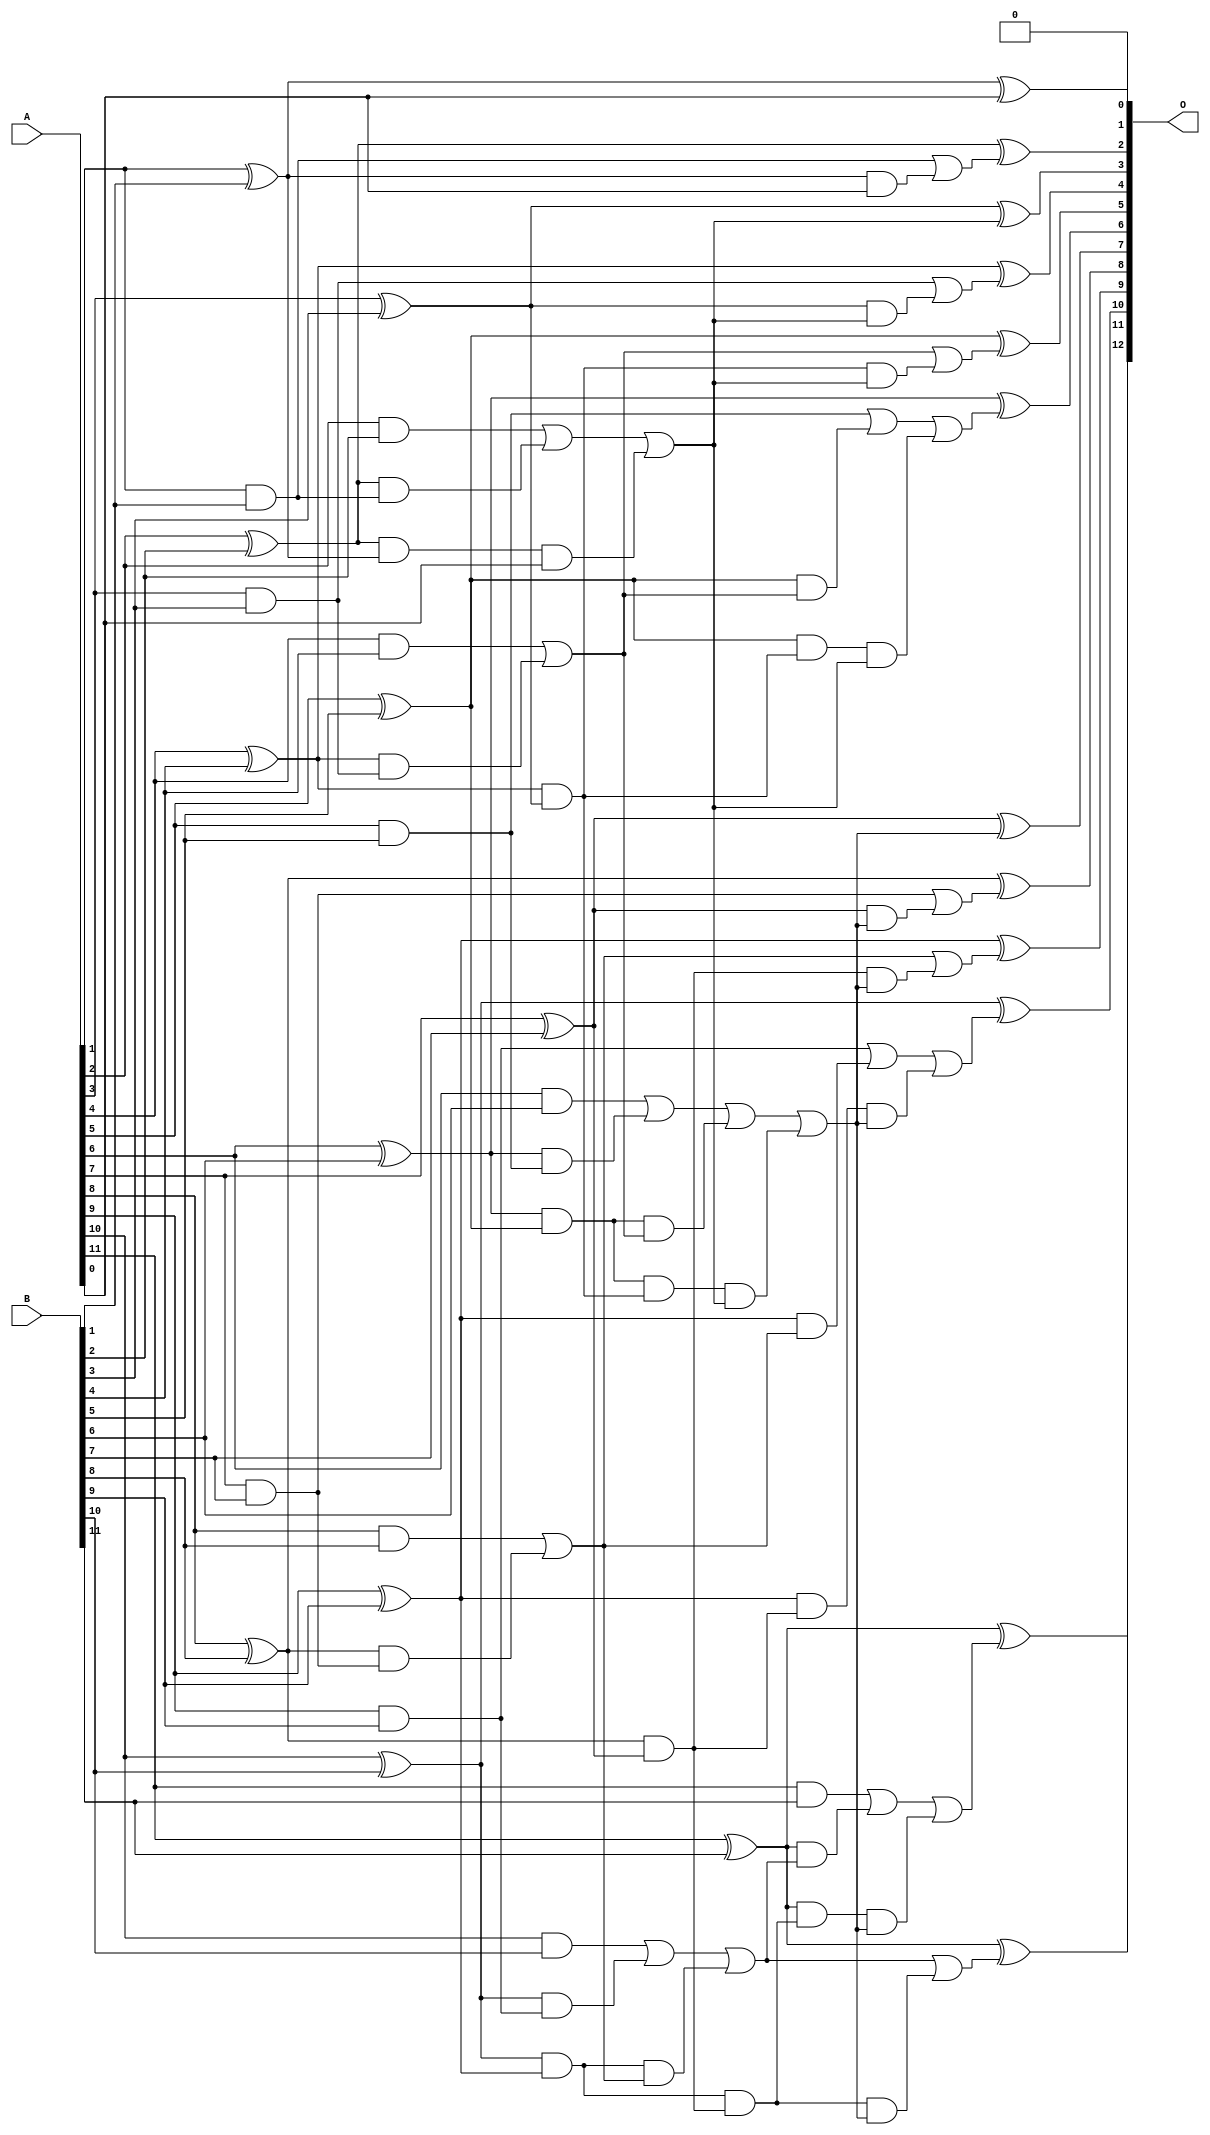
// This program was cloned from: https://github.com/ehw-fit/evoapproxlib
// License: MIT License

/***
* This code is a part of EvoApproxLib library (ehw.fit.vutbr.cz/approxlib) distributed under The MIT License.
* When used, please cite the following article(s): V. Mrazek, L. Sekanina, Z. Vasicek "Libraries of Approximate Circuits: Automated Design and Application in CNN Accelerators" IEEE Journal on Emerging and Selected Topics in Circuits and Systems, Vol 10, No 4, 2020 
* This file contains a circuit from a sub-set of pareto optimal circuits with respect to the pwr and mre parameters
***/
// MAE% = 0.012 %
// MAE = 0.5 
// WCE% = 0.024 %
// WCE = 1.0 
// WCRE% = 100.00 %
// EP% = 50.00 %
// MRE% = 0.21 %
// MSE = 0.5 
// PDK45_PWR = 0.052 mW
// PDK45_AREA = 102.3 um2
// PDK45_DELAY = 0.92 ns

module add12se_58Y (
    A,
    B,
    O
);

input [11:0] A;
input [11:0] B;
output [12:0] O;

wire sig_26,sig_27,sig_28,sig_29,sig_30,sig_31,sig_32,sig_33,sig_34,sig_35,sig_36,sig_37,sig_38,sig_39,sig_40,sig_41,sig_42,sig_43,sig_44,sig_45;
wire sig_46,sig_47,sig_48,sig_49,sig_50,sig_51,sig_52,sig_53,sig_54,sig_55,sig_56,sig_57,sig_58,sig_59,sig_60,sig_61,sig_62,sig_63,sig_64,sig_65;
wire sig_66,sig_67,sig_68,sig_69,sig_70,sig_71,sig_72,sig_73,sig_74,sig_75,sig_76,sig_77,sig_78,sig_79,sig_80,sig_81,sig_82,sig_83,sig_84,sig_85;
wire sig_86,sig_87,sig_88,sig_89,sig_90,sig_91,sig_92,sig_93,sig_94,sig_95,sig_96,sig_97,sig_98,sig_99,sig_100,sig_101,sig_102,sig_103,sig_104,sig_105;
wire sig_106,sig_107,sig_108,sig_109,sig_110,sig_111,sig_112;

assign sig_26 = A[1] & B[1];
assign sig_27 = A[1] ^ B[1];
assign sig_28 = A[2] & B[2];
assign sig_29 = A[2] ^ B[2];
assign sig_30 = A[3] & B[3];
assign sig_31 = A[3] ^ B[3];
assign sig_32 = A[4] & B[4];
assign sig_33 = A[4] ^ B[4];
assign sig_34 = A[5] & B[5];
assign sig_35 = A[5] ^ B[5];
assign sig_36 = A[6] & B[6];
assign sig_37 = A[6] ^ B[6];
assign sig_38 = A[7] & B[7];
assign sig_39 = A[7] ^ B[7];
assign sig_40 = A[8] & B[8];
assign sig_41 = A[8] ^ B[8];
assign sig_42 = A[9] & B[9];
assign sig_43 = A[9] ^ B[9];
assign sig_44 = A[10] & B[10];
assign sig_45 = A[10] ^ B[10];
assign sig_46 = A[11] & B[11];
assign sig_47 = A[11] ^ B[11];
assign sig_48 = A[11] ^ B[11];
assign sig_49 = sig_29 & sig_26;
assign sig_50 = sig_29 & sig_27;
assign sig_51 = sig_28 | sig_49;
assign sig_52 = sig_33 & sig_30;
assign sig_53 = sig_33 & sig_31;
assign sig_54 = sig_32 | sig_52;
assign sig_55 = sig_37 & sig_34;
assign sig_56 = sig_37 & sig_35;
assign sig_57 = sig_36 | sig_55;
assign sig_58 = sig_41 & sig_38;
assign sig_59 = sig_41 & sig_39;
assign sig_60 = sig_40 | sig_58;
assign sig_61 = sig_45 & sig_42;
assign sig_62 = sig_45 & sig_43;
assign sig_63 = sig_44 | sig_61;
assign sig_64 = sig_27 & A[0];
assign sig_65 = sig_26 | sig_64;
assign sig_66 = sig_50 & A[0];
assign sig_67 = sig_51 | sig_66;
assign sig_68 = sig_35 & sig_54;
assign sig_69 = sig_35 & sig_53;
assign sig_70 = sig_34 | sig_68;
assign sig_71 = sig_56 & sig_54;
assign sig_72 = sig_56 & sig_53;
assign sig_73 = sig_57 | sig_71;
assign sig_74 = sig_43 & sig_60;
assign sig_75 = sig_43 & sig_59;
assign sig_76 = sig_42 | sig_74;
assign sig_77 = sig_62 & sig_60;
assign sig_78 = sig_62 & sig_59;
assign sig_79 = sig_63 | sig_77;
assign sig_80 = sig_31 & sig_67;
assign sig_81 = sig_30 | sig_80;
assign sig_82 = sig_53 & sig_67;
assign sig_83 = sig_54 | sig_82;
assign sig_84 = sig_69 & sig_67;
assign sig_85 = sig_70 | sig_84;
assign sig_86 = sig_72 & sig_67;
assign sig_87 = sig_73 | sig_86;
assign sig_88 = sig_47 & sig_79;
assign sig_89 = sig_47 & sig_78;
assign sig_90 = sig_46 | sig_88;
assign sig_91 = sig_39 & sig_87;
assign sig_92 = sig_38 | sig_91;
assign sig_93 = sig_59 & sig_87;
assign sig_94 = sig_60 | sig_93;
assign sig_95 = sig_75 & sig_87;
assign sig_96 = sig_76 | sig_95;
assign sig_97 = sig_78 & sig_87;
assign sig_98 = sig_79 | sig_97;
assign sig_99 = sig_89 & sig_87;
assign sig_100 = sig_90 | sig_99;
assign sig_101 = sig_27 ^ A[0];
assign sig_102 = sig_29 ^ sig_65;
assign sig_103 = sig_31 ^ sig_67;
assign sig_104 = sig_33 ^ sig_81;
assign sig_105 = sig_35 ^ sig_83;
assign sig_106 = sig_37 ^ sig_85;
assign sig_107 = sig_39 ^ sig_87;
assign sig_108 = sig_41 ^ sig_92;
assign sig_109 = sig_43 ^ sig_94;
assign sig_110 = sig_45 ^ sig_96;
assign sig_111 = sig_47 ^ sig_98;
assign sig_112 = sig_48 ^ sig_100;

assign O[12] = sig_112;
assign O[11] = sig_111;
assign O[10] = sig_110;
assign O[9] = sig_109;
assign O[8] = sig_108;
assign O[7] = sig_107;
assign O[6] = sig_106;
assign O[5] = sig_105;
assign O[4] = sig_104;
assign O[3] = sig_103;
assign O[2] = sig_102;
assign O[1] = sig_101;
assign O[0] = 1'b0;

endmodule